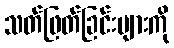
သတ်ဖြတ်ခြင်းများကို